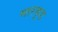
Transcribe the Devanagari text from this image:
मारकूड